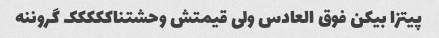
پیتزا بیکن فوق العادس ولی قیمتش وحشتناککککک گروننه